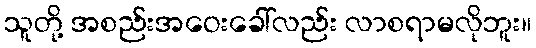
သူတို့ အစည်းအဝေးခေါ်လည်း လာစရာမလိုဘူး။